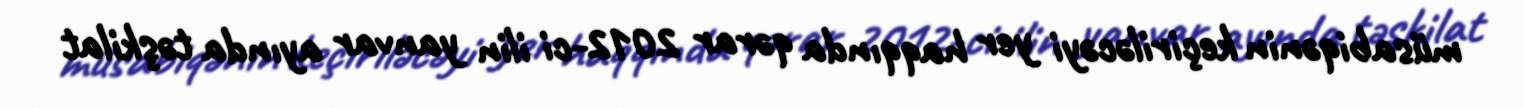
müsabiqənin keçiriləcəyi yer haqqında qərar 2012-ci ilin yanvar ayında təşkilat